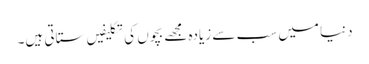
دنیا میں سب سے زیادہ مجھے بچوں کی تکلیفیں ستاتی ہیں۔